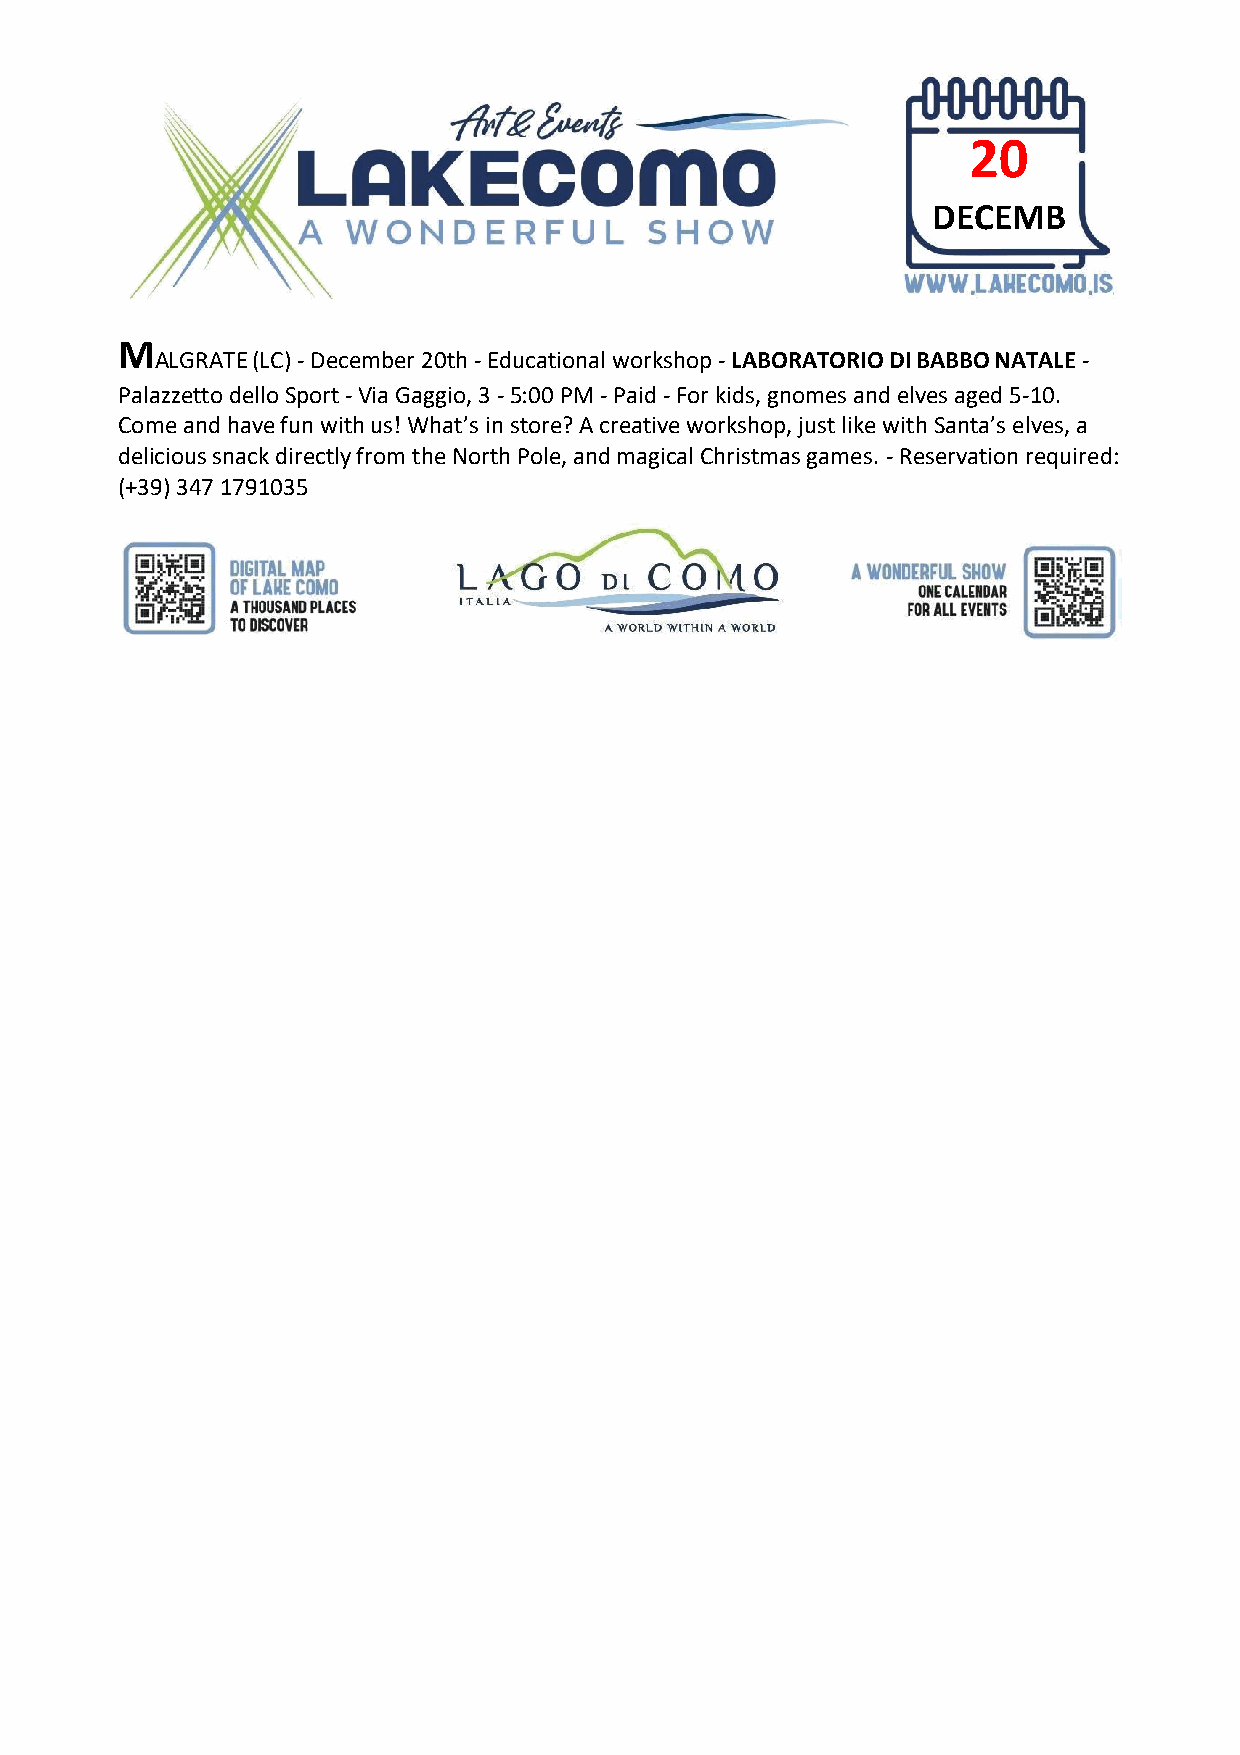
20
 DECEMB
 ER
 M
 ALGRATE (LC) - December 20th - Educational workshop - LABORATORIO DI BABBO NATALE -
 Palazzetto dello Sport - Via Gaggio, 3 - 5:00 PM - Paid - For kids, gnomes and elves aged 5-10.
 Come and have fun with us! What’s in store? A creative workshop, just like with Santa’s elves, a
 delicious snack directly from the North Pole, and magical Christmas games. - Reservation required:
 (+39) 347 1791035